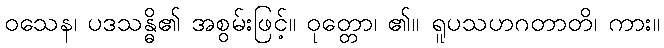
ဝသေန၊ ပဒသန္ဓိ၏ အစွမ်းဖြင့်။ ဝုတ္တော၊ ၏။ ရူပသဟဂတာတိ၊ ကား။